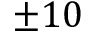
\pm 1 0